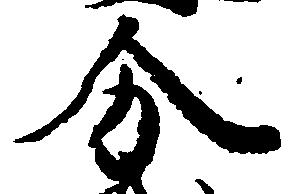
分